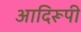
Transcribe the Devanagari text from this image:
आदिरूपी